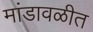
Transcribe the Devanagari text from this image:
मांडावळीत